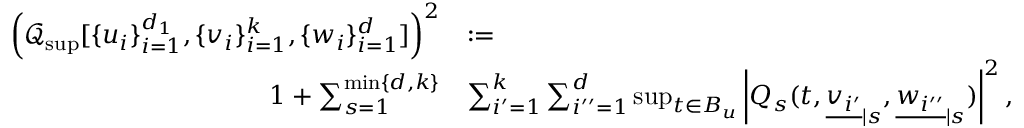
\begin{array} { r l } { \left( \mathcal { Q } _ { \operatorname* { s u p } } [ \{ u _ { i } \} _ { i = 1 } ^ { d _ { 1 } } , \{ v _ { i } \} _ { i = 1 } ^ { k } , \{ w _ { i } \} _ { i = 1 } ^ { d } ] \right) ^ { 2 } } & { : = } \\ { 1 + \sum _ { s = 1 } ^ { \operatorname* { m i n } \{ d , k \} } } & { \sum _ { i ^ { \prime } = 1 } ^ { k } \sum _ { i ^ { \prime \prime } = 1 } ^ { d } \operatorname* { s u p } _ { t \in B _ { u } } \left| Q _ { s } ( t , { \underline { { v _ { i ^ { \prime } } } } } _ { | s } , { \underline { { w _ { i ^ { \prime \prime } } } } } _ { | s } ) \right| ^ { 2 } , } \end{array}